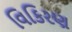
વિકિરણ